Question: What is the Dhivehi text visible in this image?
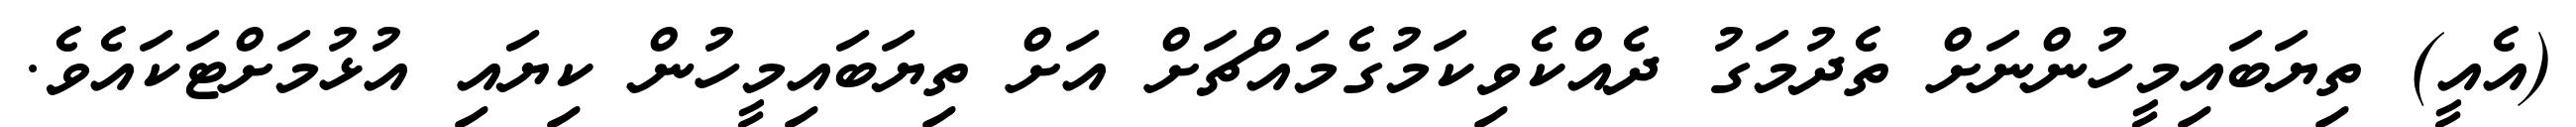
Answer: (އެއީ) ތިޔަބައިމީހުންނަށް ތެދުމަގު ދެއްކެވިކަމުގެމައްޗަށް އަށް ތިޔަބައިމީހުން ކިޔައި އުޅުމަށްޓަކައެވެ.